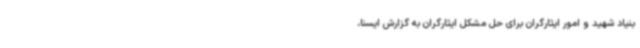
بنیاد شهید و امور ایثارگران برای حل مشکل ایثارگران به گزارش ایسنا،